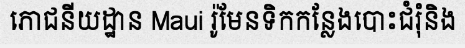
ភោជនីយដ្ឋាន Maui រ៉ូមែនទិកកន្លែងបោះជំរុំនិង